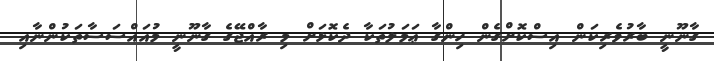
ގާނޫނީ ބާރުވެރިކަން އިސްކޮށްގެން ހިންގާ ޢަމަލުތަކާ ދެކޮޅަށް މި ރާއްޖޭގެ ގާނޫނީ މުއައްސަސާތަކުންނާއި